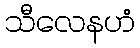
သီလေနဟံ